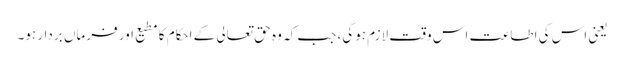
یعنی اس کی اطاعت اس وقت لازم ہوگی، جب کہ وہ حق تعالی کے احکام کا مطیع اور فرماں بردار ہو۔